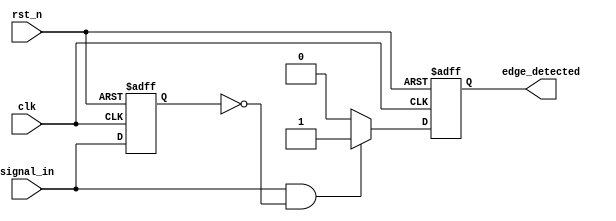
module edge_detector (
    input wire clk,            // Clock signal
    input wire rst_n,         // Asynchronous active-low reset
    input wire signal_in,     // Input signal to detect rising edge
    output reg edge_detected   // Output pulse for edge detection
);

    reg signal_prev;          // Previous state of the input signal

    // Asynchronous reset and edge detection logic
    always @(posedge clk or negedge rst_n) begin
        if (!rst_n) begin
            signal_prev <= 1'b0;  // Initialize previous state to 0
            edge_detected <= 1'b0; // Initialize output to 0
        end else begin
            // Edge detection logic
            if (signal_in && !signal_prev) begin
                edge_detected <= 1'b1; // Rising edge detected
            end else begin
                edge_detected <= 1'b0;  // No edge detected
            end
            
            // Update previous state
            signal_prev <= signal_in;
        end
    end

endmodule